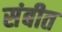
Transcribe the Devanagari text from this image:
संबीत